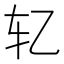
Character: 𰹯